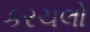
કરચલો